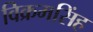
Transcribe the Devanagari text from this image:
विक्रमसिंह